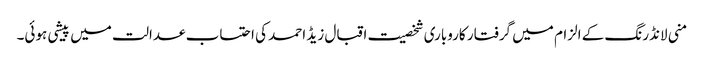
منی لانڈرنگ کے الزام میں گرفتار کاروباری شخصیت اقبال زیڈ احمد کی احتساب عدالت میں پیشی ہوئی۔